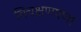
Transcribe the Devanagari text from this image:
विचक्षणपणा